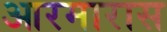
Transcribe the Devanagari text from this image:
आरमारास